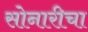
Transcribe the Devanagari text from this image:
सोनारीचा